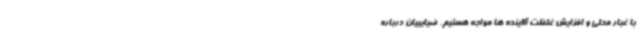
با غبار محلی و افزایش غلظت آلاینده ها مواجه هستیم. ضیایییان درباره